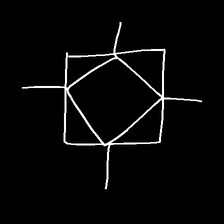
Glyph: light